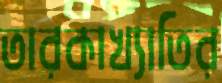
তারকাখ্যাতির